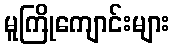
မူကြိုကျောင်းများ